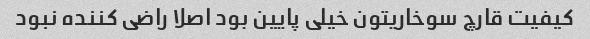
کیفیت قارچ سوخاریتون خیلی پایین بود اصلا راضی کننده نبود